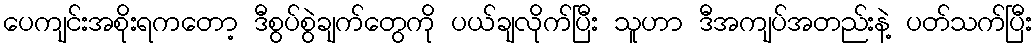
ပေကျင်းအစိုးရကတော့ ဒီစွပ်စွဲချက်တွေကို ပယ်ချလိုက်ပြီး သူဟာ ဒီအကျပ်အတည်းနဲ့ ပတ်သက်ပြီး